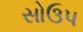
સોઉપ